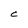
Character: C